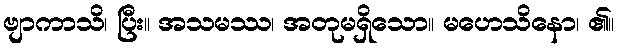
ဗျာကာသိ၊ ပြီး။ အသမဿ၊ အတုမရှိသော။ မဟေသိနော၊ ၏။